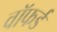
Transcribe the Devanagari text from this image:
वॉफर्ड